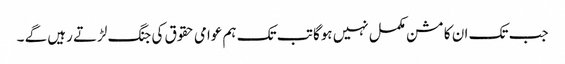
جب تک ان کا مشن مکمل نہیں ہوگا تب تک ہم عوامی حقوق کی جنگ لڑتے رہیں گے ۔